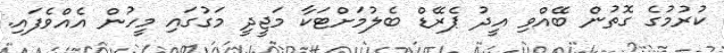
ކުރުމުގެ ގޮތުން ބޭއްވި އީދު ޕެރޭޑް ބެލުމަށްޓަކާ މަޖީދީ މަގުގައި މީހުން އެއްވެފައި.